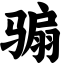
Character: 骟